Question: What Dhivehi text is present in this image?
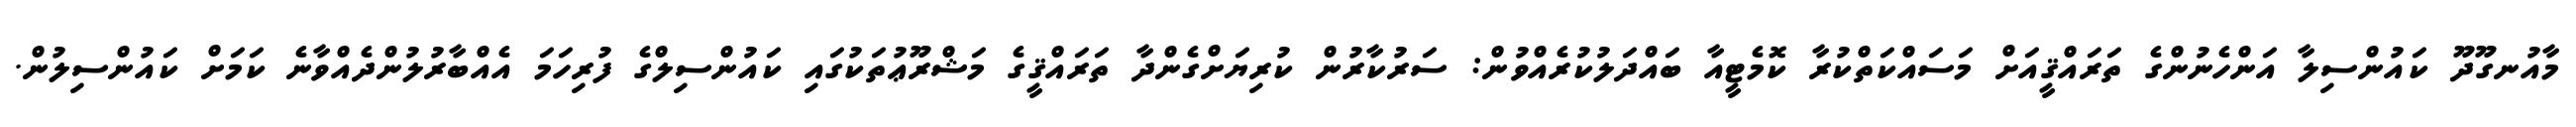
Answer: މާއުނގޫދޫ ކައުންސިލާ އަންހެނުންގެ ތަރައްޤީއަށް މަސައްކަތްކުރާ ކޮމެޓީއާ ބައްދަލުކުރެއްވުން: ސަރުކާރުން ކުރިޔަށްގެންދާ ތަރައްޤީގެ މަޝްރޫޢުތަކުގައި ކައުންސިލްގެ ފުރިހަމަ އެއްބާރުލުންދެއްވާނެ ކަމަށް ކައުންސިލުން.